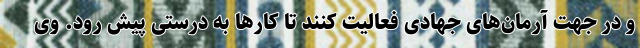
و در جهت آرمان‌های جهادی فعالیت کنند تا کارها به درستی پیش رود. وی